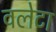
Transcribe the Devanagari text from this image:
वलेटा